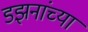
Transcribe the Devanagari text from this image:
डझनांच्या